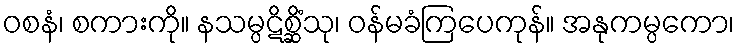
ဝစနံ၊ စကားကို။ နသမ္ပဋိစ္ဆိံသု၊ ဝန်မခံကြပေကုန်။ အနုကမ္ပကော၊